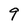
Character: 9